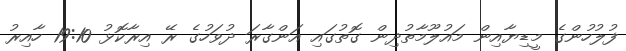
ފުލުހުންގެ މީޑިޔާއިން މައުލޫމާތުދިން ގޮތުގައި އަންގާރަ ދުވަހުގެ ރޭ އިރާކޮޅު 19:10 ހާއިރު